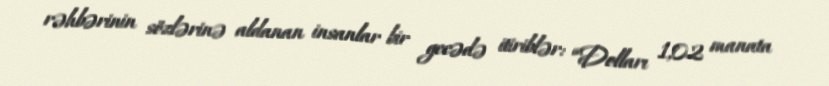
rəhbərinin sözlərinə aldanan insanlar bir gecədə itiriblər: “Dolları 1,02 manata